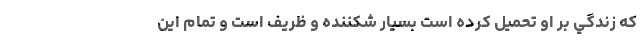
که زندگي بر او تحميل کرده است بسيار شکننده و ظريف است و تمام اين